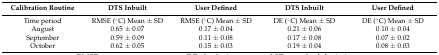
<table><thead><tr><td><b>Calibration Routine </b></td><td><b>DTS Inbuilt</b></td><td><b>User Defined</b></td><td><b>DTS Inbuilt</b></td><td><b>User Defined</b></td></tr></thead><tbody><tr><td>Time period </td><td>RMSE (°C) Mean ± SD</td><td>RMSE (°C) Mean ± SD</td><td>DE (°C) Mean ± SD</td><td>DE (°C) Mean ± SD</td></tr><tr><td>August </td><td>0.65 ± 0.07</td><td>0.17 ± 0.04</td><td>0.21 ± 0.06</td><td>0.10 ± 0.04</td></tr><tr><td>September </td><td>0.59 ± 0.09</td><td>0.11 ± 0.08</td><td>0.17 ± 0.08</td><td>0.07 ± 0.02</td></tr><tr><td>October </td><td>0.62 ± 0.05</td><td>0.15 ± 0.03</td><td>0.19 ± 0.04</td><td>0.08 ± 0.03</td></tr></tbody></table>